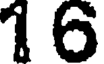
1 6